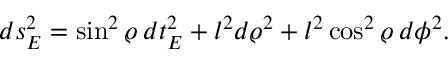
d s _ { E } ^ { 2 } = \sin ^ { 2 } \varrho \: d t _ { E } ^ { 2 } + l ^ { 2 } d \varrho ^ { 2 } + l ^ { 2 } \cos ^ { 2 } \varrho \: d \phi ^ { 2 } .